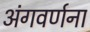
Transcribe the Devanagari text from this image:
अंगवर्णना